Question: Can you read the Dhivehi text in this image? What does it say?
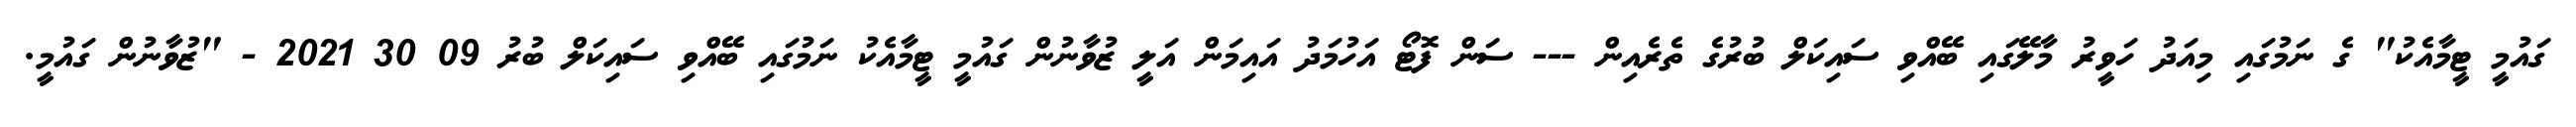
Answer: ގައުމީ ޓީމާއެކު" ގެ ނަމުގައި މިއަދު ހަވީރު މާލޭގައި ބޭއްވި ސައިކަލް ބުރުގެ ތެރެއިން --- ސަން ފޮޓޯ އަހުމަދު އައިމަން އަލީ ޒުވާނުން ގައުމީ ޓީމާއެކު ނަމުގައި ބޭއްވި ސައިކަލް ބުރު 09 30 2021 - "ޒުވާނުން ގައުމީ.